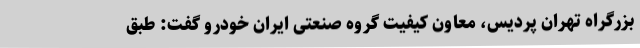
بزرگراه تهران پردیس، معاون کیفیت گروه صنعتی ایران خودرو گفت: طبق